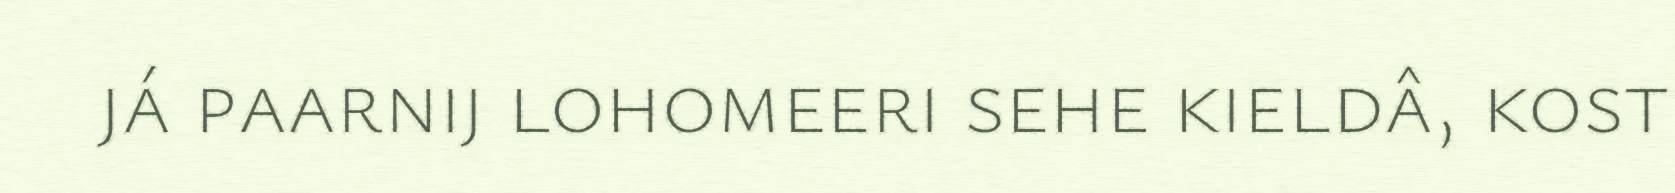
já paarnij lohomeeri sehe kieldâ, kost